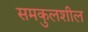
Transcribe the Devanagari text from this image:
समकुलशील